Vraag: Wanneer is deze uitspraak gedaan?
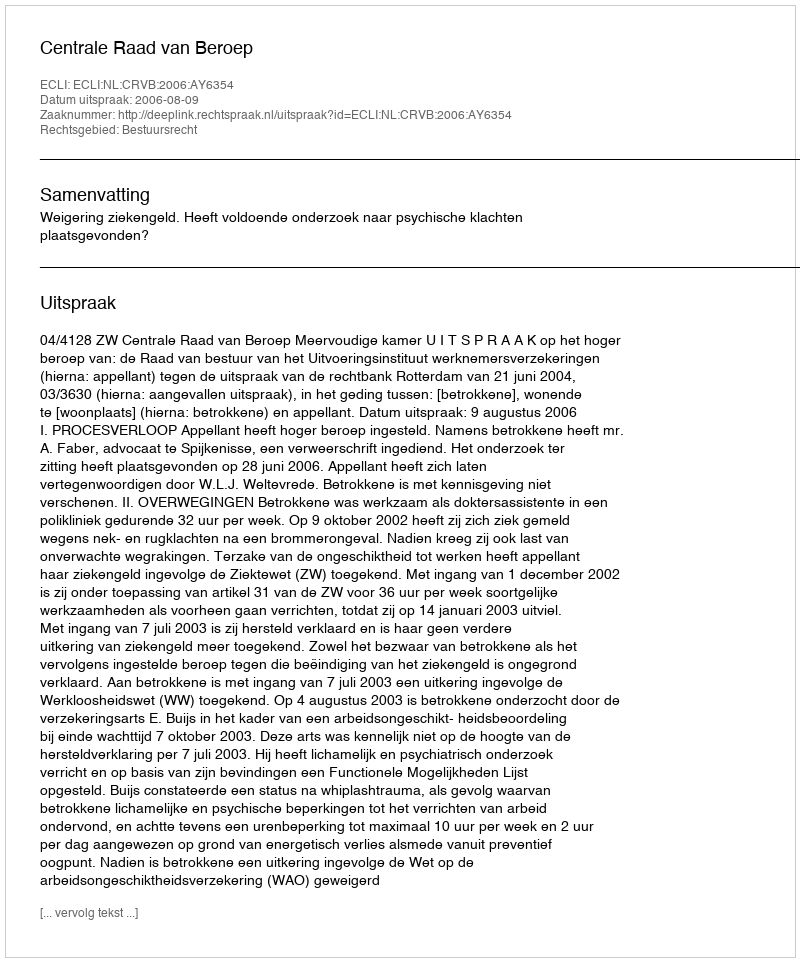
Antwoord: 2006-08-09